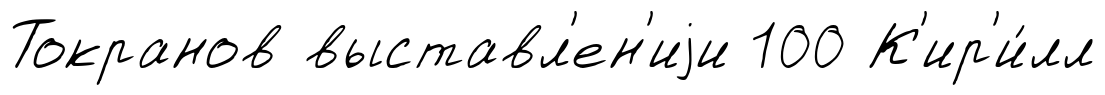
Токранов выставл'ен'иjи 100 К'ир'и́лл